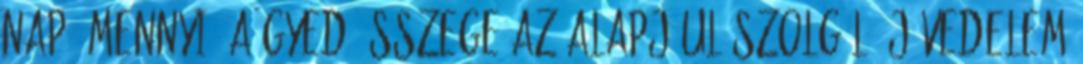
nap. Mennyi? A GYED összege az alapjául szolgáló jövedelem